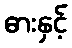
ဓားနှင့်